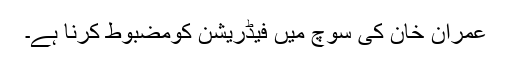
عمران خان کی سوچ میں فیڈریشن کومضبوط کرنا ہے۔